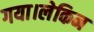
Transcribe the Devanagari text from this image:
गया।लेकिन